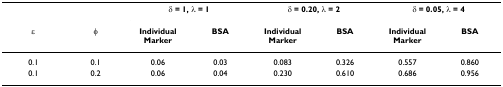
<table><thead><tr><td></td><td></td><td colspan="2"><b>δ = 1, λ = 1</b></td><td colspan="2"><b>δ = 0.20, λ = 2</b></td><td colspan="2"><b>δ = 0.05, λ = 4</b></td></tr><tr><td><b>ε</b></td><td><b>φ</b></td><td><b>Individual Marker</b></td><td><b>BSA</b></td><td><b>Individual Marker</b></td><td><b>BSA</b></td><td><b>Individual Marker</b></td><td><b>BSA</b></td></tr></thead><tbody><tr><td>0.1</td><td>0.1</td><td>0.06</td><td>0.03</td><td>0.083</td><td>0.326</td><td>0.557</td><td>0.860</td></tr><tr><td>0.1</td><td>0.2</td><td>0.06</td><td>0.04</td><td>0.230</td><td>0.610</td><td>0.686</td><td>0.956</td></tr></tbody></table>